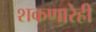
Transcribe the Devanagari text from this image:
शकणारेही